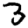
Digit: 3